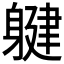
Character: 𲄨